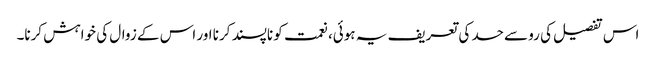
اس تفصیل کی رو سے حسد کی تعریف یہ ہوئی، نعمت کو ناپسند کرنا اور اس کے زوال کی خواہش کرنا۔